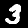
Label: 3